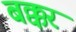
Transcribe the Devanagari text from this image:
बक्कर